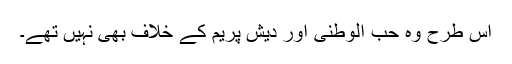
اس طرح وہ حب الوطنی اور دیش پریم کے خلاف بھی نہیں تھے۔